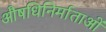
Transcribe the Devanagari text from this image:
औषधिनिर्माताओं